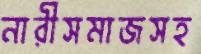
নারীসমাজসহ